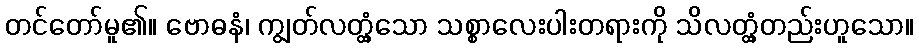
တင်တော်မူ၏။ ဗောဓနံ၊ ကျွတ်လတ္တံ့သော သစ္စာလေးပါးတရားကို သိလတ္တံ့တည်းဟူသော။